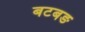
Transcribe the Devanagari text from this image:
बटबङ